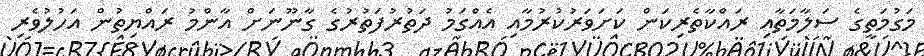
މަގުމަތީގެ ސަލާމަތާއި ރައްކާތެރިކަން ކަށަވަރުކުރުމާއި އެއްގަމު ދަތުރުފަތުރުގެ ގާނޫނަށް އާންމު ރައްޔިތުން އަހުލުވެރި